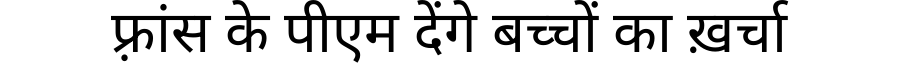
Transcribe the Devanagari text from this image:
फ़्रांस के पीएम देंगे बच्चों का ख़र्चा